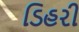
ડિહરી